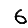
Digit: 6